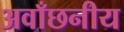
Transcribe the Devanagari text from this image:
अवाँछनीय